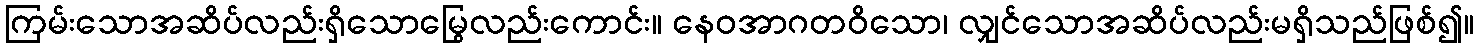
ကြမ်းသောအဆိပ်လည်းရှိသောမြွေလည်းကောင်း။ နေဝအာဂတဝိသော၊ လျှင်သောအဆိပ်လည်းမရှိသည်ဖြစ်၍။